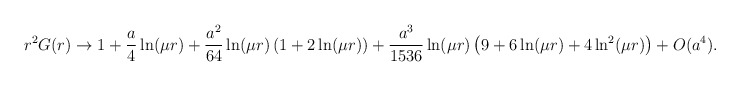
\begin{align*}r^2G(r)\rightarrow 1+\frac a4\ln (\mu r)+\frac{a^2}{64}\ln (\mu r)\left(1+2\ln (\mu r)\right) +\frac{a^3}{1536}\ln (\mu r)\left( 9+6\ln (\mu r)+4\ln^2(\mu r)\right) +O(a^4).\end{align*}